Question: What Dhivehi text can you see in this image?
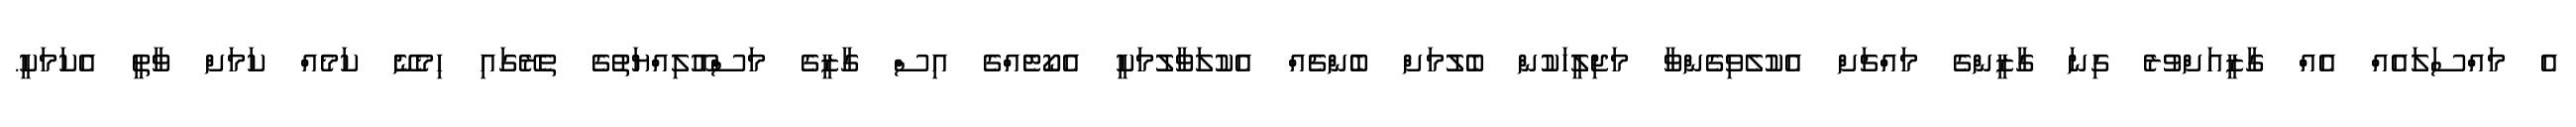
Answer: އެ މައްސަލައެއް އެއް ގާޒީއަށްވުރެ ގިނަ ގާޒީންގެ މައްޗަށް އެކުލެވިގެންވާ މަޖިލީހަކުން ބެލުމަށް ބެންޗެއް އެކުލަވާލުމަކީ އެކޯޓެއްގެ އިސް ގާޒީގެ މަސްއޫލިއްޔަތުގެ ތެރޭގައި ހިމެނޭ ކަމެއް ކަމަށް ވާތީ އެކަމަކީ.